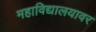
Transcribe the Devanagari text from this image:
महाविद्यालयावर